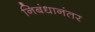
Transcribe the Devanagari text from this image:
निबंधानंतर